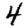
Digit: 4